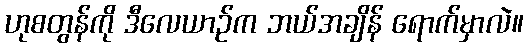
ဟုစတွန်ကို ဒီလေယာဉ်က ဘယ်အချိန် ရောက်မှာလဲ။